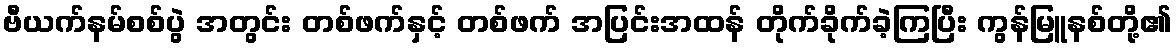
ဗီယက်နမ်စစ်ပွဲ အတွင်း တစ်ဖက်နှင့် တစ်ဖက် အပြင်းအထန် တိုက်ခိုက်ခဲ့ကြပြီး ကွန်မြူနစ်တို့၏